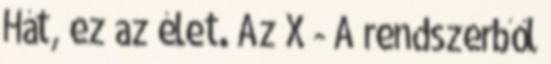
Hát, ez az élet. Az X - A rendszerből